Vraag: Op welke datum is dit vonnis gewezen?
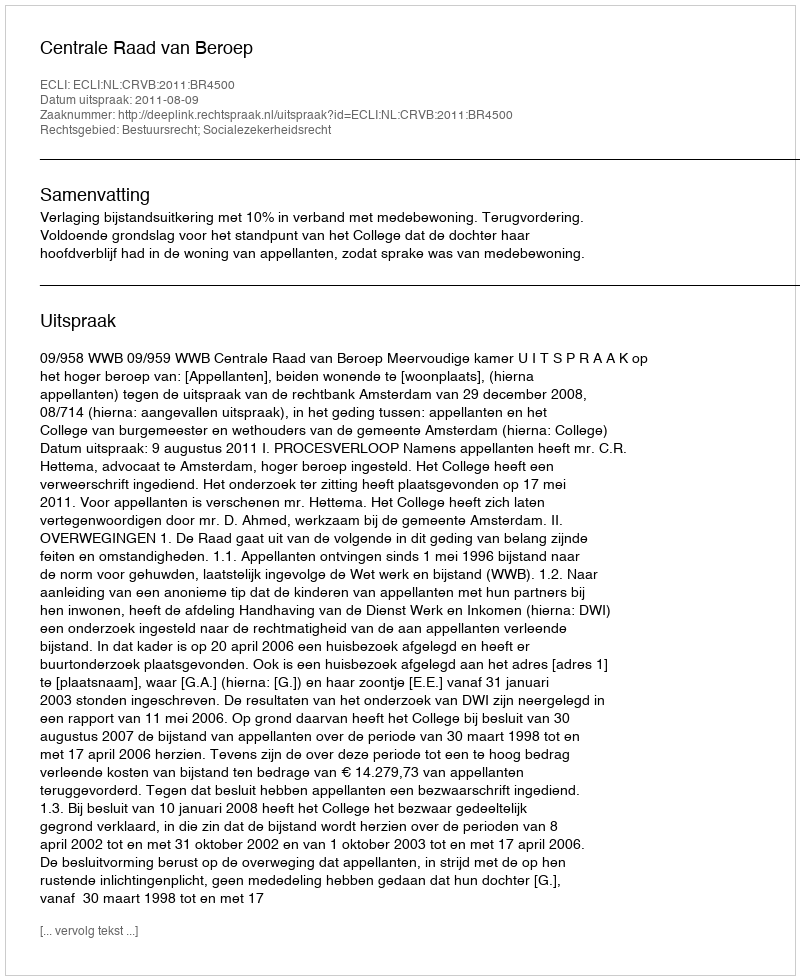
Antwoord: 2011-08-09